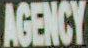
AGENCY